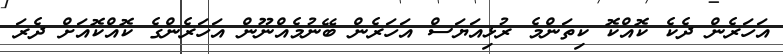
އަހަރެން ދެކެ ކޮއްކޮ ކިތަންމެ ރުޅިއަޔަސް އަހަރެން ބޭނުމެއްނޫން އަހަރެންގެ ކޮއްކޮއަށް ދެރަ